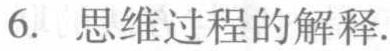
6. 思维过程的解释.